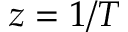
z = 1 / T